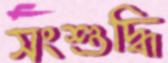
সংশুদ্ধি